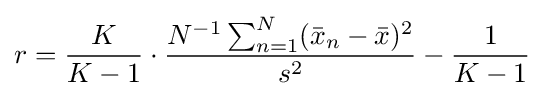
r={\frac {K}{K-1}}\cdot {\frac {N^{-1}\sum _{n=1}^{N}({\bar {x}}_{n}-{\bar {x}})^{2}}{s^{2}}}-{\frac {1}{K-1}}